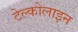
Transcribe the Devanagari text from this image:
टेल्कोलाइन